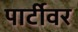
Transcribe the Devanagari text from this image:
पार्टीवर